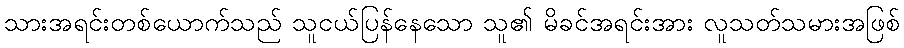
သားအရင်းတစ်ယောက်သည် သူငယ်ပြန်နေသော သူ၏ မိခင်အရင်းအား လူသတ်သမားအဖြစ်